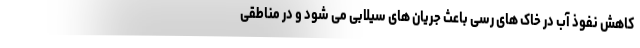
کاهش نفوذ آب در خاک های رسی باعث جریان های سیلابی می شود و در مناطقی